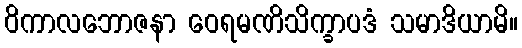
ဝိကာလဘောဇနာ ဝေရမဏိသိက္ခာပဒံ သမာဒိယာမိ။